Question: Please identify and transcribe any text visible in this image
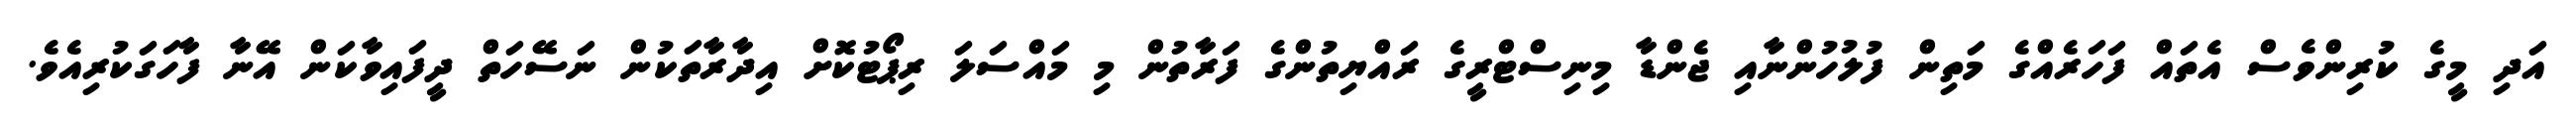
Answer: އަދި މީގެ ކުރިންވެސް އެތައް ފަހަރެއްގެ މަތިން ފުލުހުންނާއި ޖެންޑާ މިނިސްޓްރީގެ ރައްޔިތުންގެ ފަރާތުން މި މައްސަލަ ރިޕޯޓުކޮށް އިދާރާތަކުން ނަސޭހަތް ދީފައިވާކަން އޭނާ ފާހަގަކުރިއެވެ.